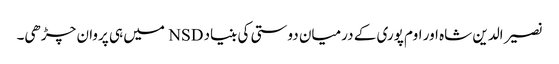
نصیر الدین شاہ اور اوم پوری کے درمیان دوستی کی بنیاد NSD میں ہی پروان چڑھی۔